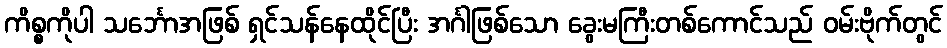
ကိစ္စကိုပါ သင်္ဘောအဖြစ် ရှင်သန်နေထိုင်ပြီး အင်္ဂါဖြစ်သော ခွေးမကြီးတစ်ကောင်သည် ဝမ်းဗိုက်တွင်